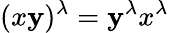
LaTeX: (x\mathbf{y})^{\lambda}=\mathbf{y}^{\lambda}x^{\lambda}